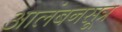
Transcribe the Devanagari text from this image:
आलंबनसूत्र